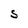
Character: S